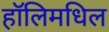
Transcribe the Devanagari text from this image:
हॉलिमधिल